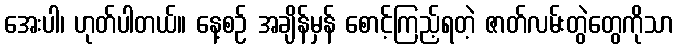
အေးပါ၊ ဟုတ်ပါတယ်။ နေ့စဉ် အချိန်မှန် စောင့်ကြည့်ရတဲ့ ဇာတ်လမ်းတွဲတွေကိုသာ